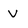
Character: v